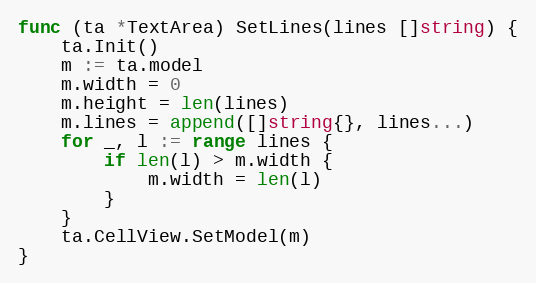
Language: Go
func (ta *TextArea) SetLines(lines []string) {
	ta.Init()
	m := ta.model
	m.width = 0
	m.height = len(lines)
	m.lines = append([]string{}, lines...)
	for _, l := range lines {
		if len(l) > m.width {
			m.width = len(l)
		}
	}
	ta.CellView.SetModel(m)
}